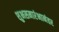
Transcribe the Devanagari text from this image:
शुभसमारंभानंतर